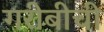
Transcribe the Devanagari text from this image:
गरीबीची